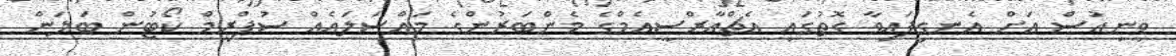
ވީނިއުސް އަށް އެނގިފައިވާ ގޮތުގައި އެޗްއާރްސީއެމްގެ މެންބަރުންގެ މައްސަލައެއް ސުޕްރީމް ކޯޓުން ބަލަން